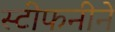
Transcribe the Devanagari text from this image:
स्टीफनीने